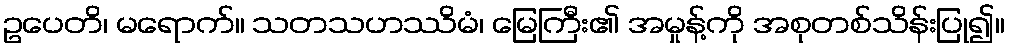
ဥပေတိ၊ မရောက်။ သတသဟဿိမံ၊ မြေကြီး၏ အမှုန့်ကို အစုတစ်သိန်းပြု၍။